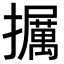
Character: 𪯁